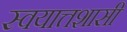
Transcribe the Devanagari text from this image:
स्वयात्तशासी